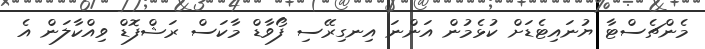
މެންޗެސްޓާ ޔުނައިޓެޑަށް ކުޅެމުން އަންނަ އިނގިރޭސި ފޯވާޑް މާކަސް ރަޝްފޮޑް ވިއްކާލަން އެ